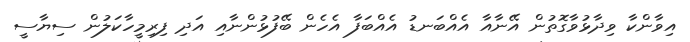
އިވާންކާ ވިދާޅުވާގޮތުން އޭނާއާ އެއްބަނޑު އެއްބަފާ އެހެން ބޭފުޅުންނާއި އަދި ފިރިމީހާކަލުން ސިޔާސީ